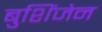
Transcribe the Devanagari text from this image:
बुशिंजेन